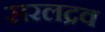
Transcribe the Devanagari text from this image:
सरलद्रव